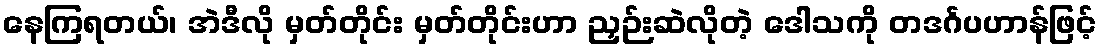
နေကြရတယ်၊ အဲဒီလို မှတ်တိုင်း မှတ်တိုင်းဟာ ညှဉ်းဆဲလိုတဲ့ ဒေါသကို တဒင်္ဂပဟာန်ဖြင့်